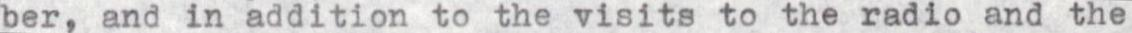
ber, and in addition to the visits to the radio and the